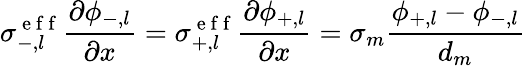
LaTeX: \sigma_{-,l}^{\mathrm{~e~f~f~}}\frac{\partial\phi_{-,l}}{\partial x}=\sigma_{+,l}^{\mathrm{~e~f~f~}}\frac{\partial\phi_{+,l}}{\partial x}=\sigma_{m}\frac{\phi_{+,l}-\phi_{-,l}}{d_{m}}